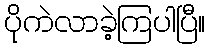
ပိုကဲလာခဲ့ကြပါပြီ။